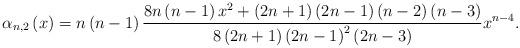
LaTeX: \begin{align*}\alpha_{n,2}\left( x\right) =n\left( n-1\right) \frac{8n\left(n-1\right) x^{2}+\left( 2n+1\right) \left( 2n-1\right) \left(n-2\right) \left( n-3\right) }{8\left( 2n+1\right) \left( 2n-1\right)^{2}\left( 2n-3\right) }x^{n-4}. \end{align*}